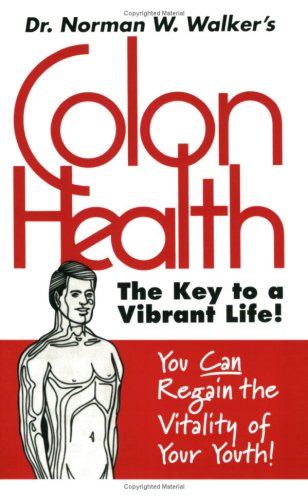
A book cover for Colon Health Key to Vibrant Life; Dr. Norman W. Walker; Health, Fitness & Dieting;